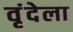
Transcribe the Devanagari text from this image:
वृंदेला